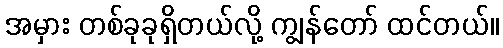
အမှား တစ်ခုခုရှိတယ်လို့ ကျွန်တော် ထင်တယ်။